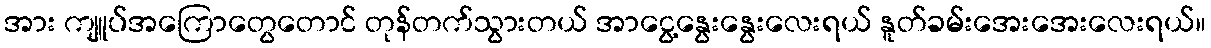
အား ကျူပ်အကြောတွေတောင် တုန်တက်သွားတယ် အာငွေ့နွေးနွေးလေးရယ် နူတ်ခမ်းအေးအေးလေးရယ်။